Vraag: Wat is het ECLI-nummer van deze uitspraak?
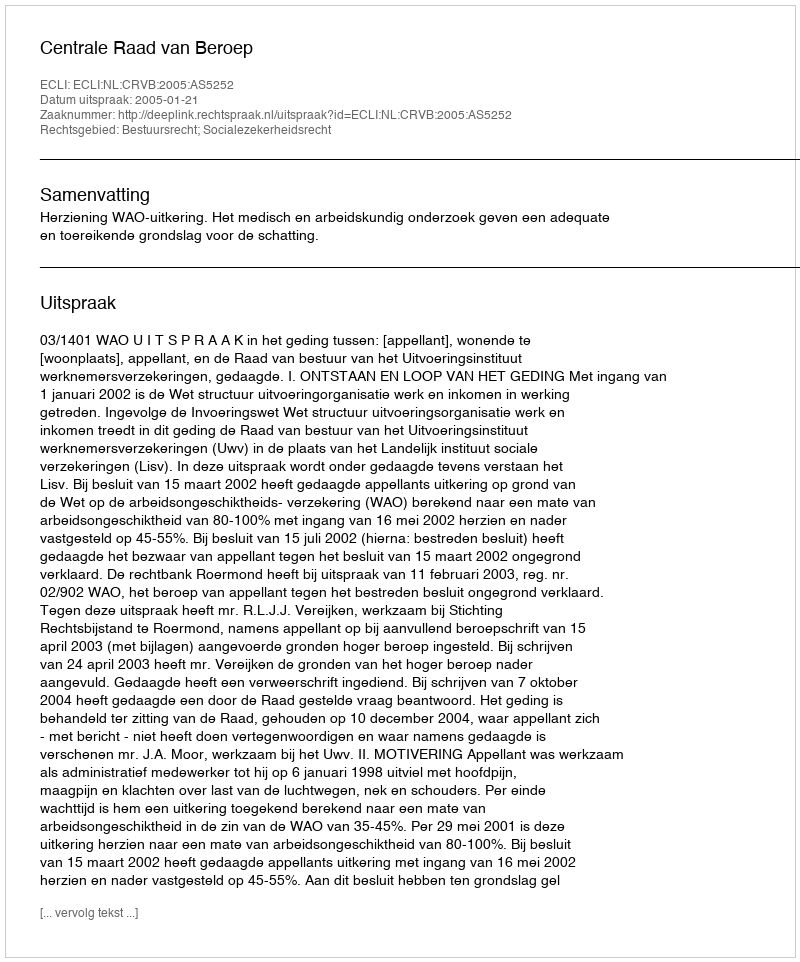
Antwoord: ECLI:NL:CRVB:2005:AS5252